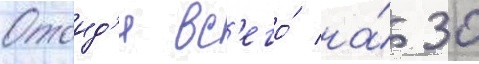
Отоид'я вс'его́ на́ 30